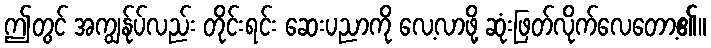
ဤတွင် အကျွန်ုပ်လည်း တိုင်းရင်း ဆေးပညာကို လေ့လာဖို့ ဆုံးဖြတ်လိုက်လေတော့၏။